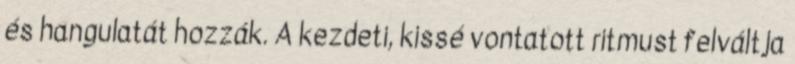
és hangulatát hozzák. A kezdeti, kissé vontatott ritmust felváltja